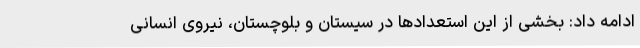
ادامه داد: بخشی از این استعدادها در سیستان و بلوچستان، نیروی انسانی